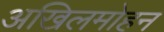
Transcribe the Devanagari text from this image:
अखिलमोहन